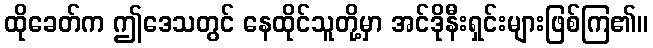
ထိုခေတ်က ဤဒေသတွင် နေထိုင်သူတို့မှာ အင်ဒိုနီးရှင်းများဖြစ်ကြ၏။